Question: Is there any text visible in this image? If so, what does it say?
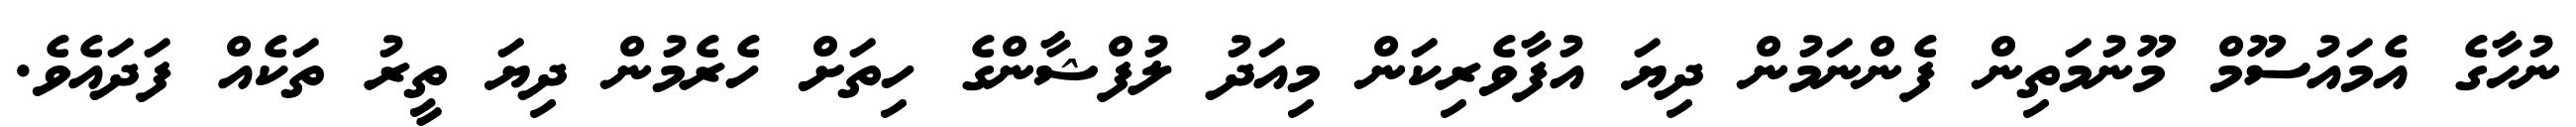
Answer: ނުހާގެ އެމައުސޫމް މޫނުމަތިން ފެންނަމުން ދިޔަ އުފާވެރިކަން މިއަދު ލުފްޝާންގެ ހިތަށް ހެރެމުން ދިޔަ ތީރު ތަކެއް ފަދައެވެ.